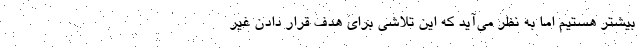
بیشتر هستیم اما به نظر می‌آید که این تلاشی برای هدف قرار دادن غیر